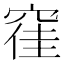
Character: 𮄂